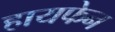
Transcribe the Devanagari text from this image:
हायफेन